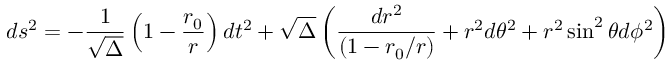
d s ^ { 2 } = - { \frac { 1 } { \sqrt \Delta } } \left( 1 - { \frac { r _ { 0 } } { r } } \right) d t ^ { 2 } + \sqrt \Delta \left( { \frac { d r ^ { 2 } } { ( 1 - r _ { 0 } / r ) } } + r ^ { 2 } d \theta ^ { 2 } + r ^ { 2 } \sin ^ { 2 } \theta d \phi ^ { 2 } \right)